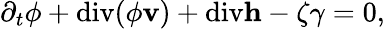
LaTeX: \begin{array}{r}{\partial_{t}\phi+\mathrm{div}(\phi\mathbf{v})+\mathrm{div}\mathbf{h}-\zeta\gamma=0,}\end{array}